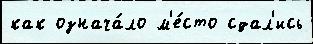
как означа́ло м'е́сто сдал'ись